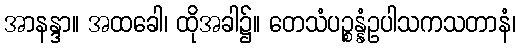
အာနန္ဒာ။ အထခေါ၊ ထိုအခါ၌။ တေသံပဉ္စန္နံဥပါသကသတာနံ၊